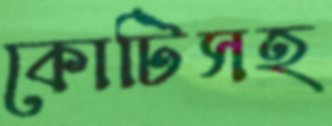
কোটিসহ